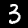
Digit: 3